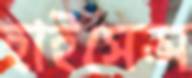
হাইসেন্স